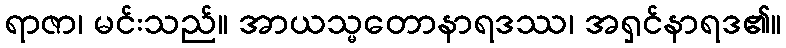
ရာဇာ၊ မင်းသည်။ အာယသ္မတောနာရဒဿ၊ အရှင်နာရဒ၏။